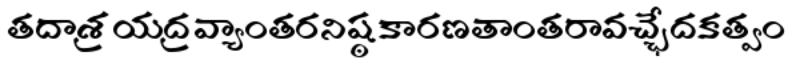
తదాశ్రయద్రవ్యాంతరనిష్ఠకారణతాంతరావచ్ఛేదకత్వం